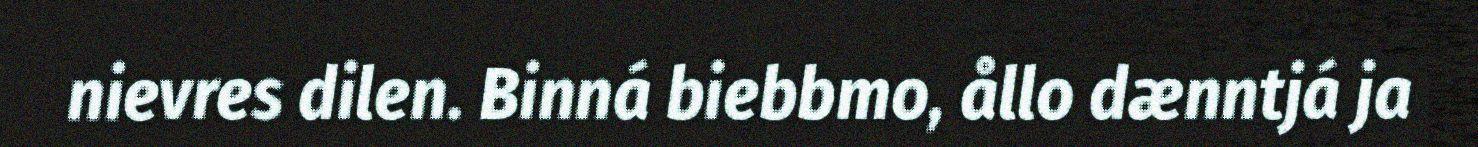
nievres dilen. Binná biebbmo, ållo dænntjá ja